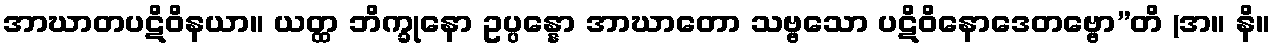
အာဃာတပဋိဝိနယာ။ ယတ္ထ ဘိက္ခုနော ဥပ္ပန္နော အာဃာတော သဗ္ဗသော ပဋိဝိနောဒေတဗ္ဗော”တိ (အ။ နိ။